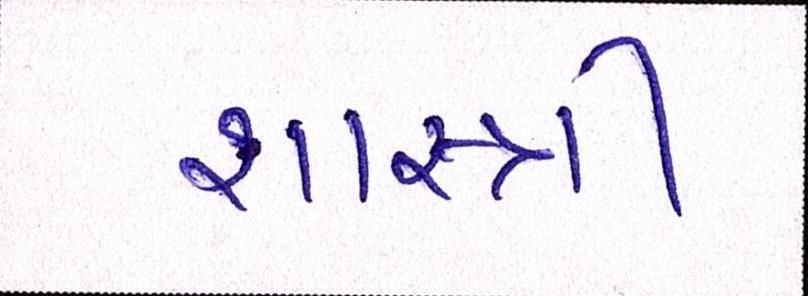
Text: શાસ્ત્રી